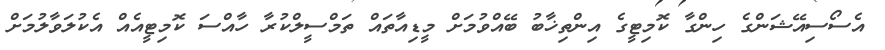
އެސޯސިއޭޝަންގެ ހިންގާ ކޮމިޓީގެ އިންތިޚާބު ބޭއްވުމަށް މީޑިއާތައް ތަމްސީލްކުރާ ހާއްސަ ކޮމިޓީއެއް އެކުލަވާލުމަށް